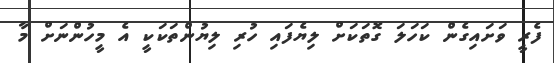
ފެރީ ވަށައިގެން ކަހަލަ ގޮތަކަށް ލިޔެފައި ހުރި ލިޔުންތަކަކީ އެ މީހުންނަށް މާ